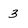
Character: 3